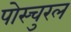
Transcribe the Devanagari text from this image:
पोस्चुरल